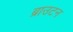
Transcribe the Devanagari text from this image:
ब्राउटन